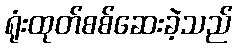
ရုံးထုတ်စစ်ဆေးခဲ့သည်